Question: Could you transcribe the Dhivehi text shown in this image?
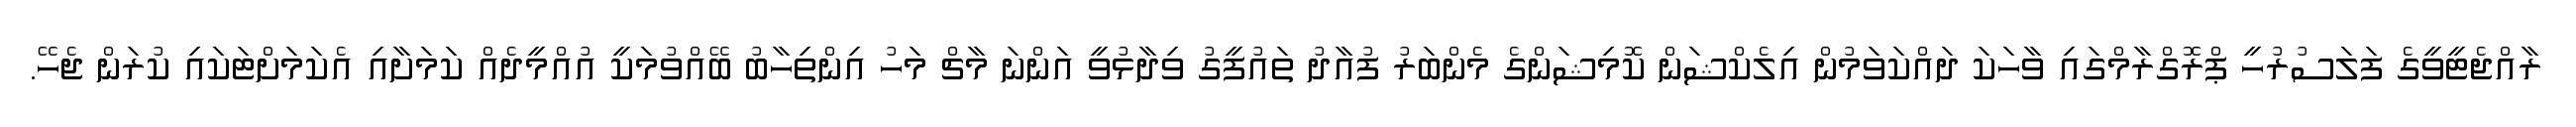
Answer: ރާއްޖެޓީވީގެ ފަލަސުރުހީ ޕްރޮގްރާމްގައި ވާހަކަ ދައްކަވަމުން އިލެކްޝަން ކޮމިޝަންގެ މެންބަރު ފުއާދު ތައުފީގު ވިދާޅުވީ އަންނަ މާޗް މަހު އިންތިހާބު ބޭއްވުމަކީ އުއްމީދެއް ކަމަށާއި އެކަމަށްޓަކައި ކުރަން ޖެހޭ.